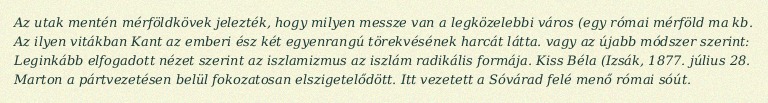
Az utak mentén mérföldkövek jelezték, hogy milyen messze van a legközelebbi város (egy római mérföld ma kb. Az ilyen vitákban Kant az emberi ész két egyenrangú törekvésének harcát látta. vagy az újabb módszer szerint: Leginkább elfogadott nézet szerint az iszlamizmus az iszlám radikális formája. Kiss Béla (Izsák, 1877. július 28. Marton a pártvezetésen belül fokozatosan elszigetelődött. Itt vezetett a Sóvárad felé menő római sóút.